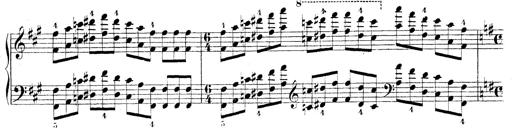
Title: Technische Studien
Composer: Franz Liszt